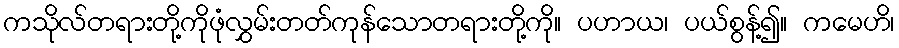
ကသိုလ်တရားတို့ကိုဖုံလွှမ်းတတ်ကုန်သောတရားတို့ကို။ ပဟာယ၊ ပယ်စွန့်၍။ ကမေဟိ၊